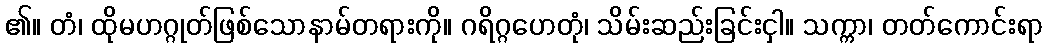
၏။ တံ၊ ထိုမဟဂ္ဂုတ်ဖြစ်သောနာမ်တရားကို။ ဂရိဂ္ဂဟေတုံ၊ သိမ်းဆည်းခြင်းငှါ။ သက္ကာ၊ တတ်ကောင်းရာ